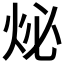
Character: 𤇩